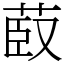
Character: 菣